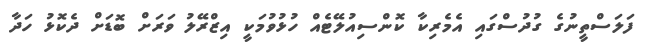
ފަލަސްތީނުގެ ގުދުސްގައި އެމެރިކާ ކޮންސިއުލޭޓެއް ހުޅުވުމަކީ އިޒްރޭލު ވަރަށް ބޮޑަށް ދެކޮޅު ހަދާ